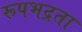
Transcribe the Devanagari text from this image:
रूपभद्रता